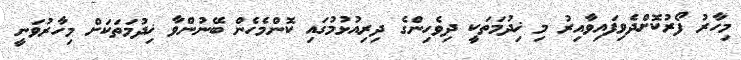
މިހާރު ފޯރުކޮށްދެވިފައިވާއިރު މި ޚިދުމަތަކީ ދިވެހިންގެ ދިރިއުޅުމުގައި ކޮންމެހެން ބޭނުންވާ ޚިދުމަތަކަށް މިހާރުވަނީ